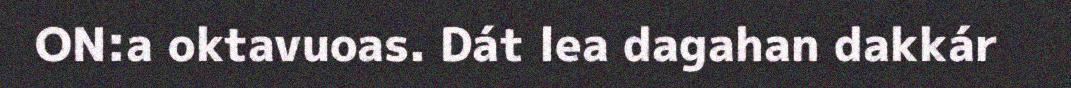
ON:a oktavuoas. Dát lea dagahan dakkár